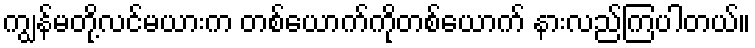
ကျွန်မတို့လင်မယားက တစ်ယောက်ကိုတစ်ယောက် နားလည်ကြပါတယ်။